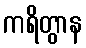
ကရိတွာန